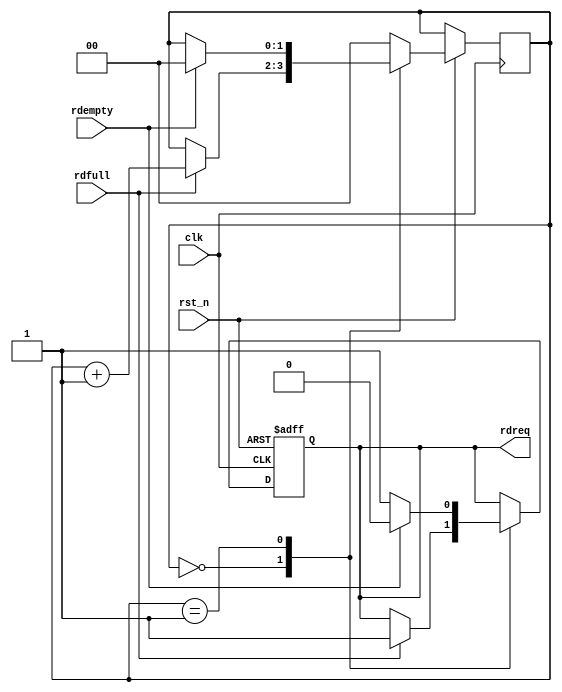
//****************************************Copyright (c)***********************************//
//www.openedv.com
//http://openedv.taobao.com
//""FPGA & STM32
//
//Copyright(C)  2018-2028
//All rights reserved
//----------------------------------------------------------------------------------------
// File name:           fifo_rd
// Last modified Date:  2018/07/06 13:39:20
// Last Version:        V1.0
// Descriptions:        FIFO
//----------------------------------------------------------------------------------------
// Created by:          
// Created date:        2018/07/06 13:39:24
// Version:             V1.0
// Descriptions:        The original version
//
//----------------------------------------------------------------------------------------
//****************************************************************************************//

module fifo_rd(
    //system clock
    input                    clk    ,        // 
    input                    rst_n  ,        // 

    //user interface
    input                    rdfull ,        // 
    input                    rdempty,        // 
    output   reg             rdreq           // 
);

//reg define
reg   [1:0]                  flow_cnt ;      // 

//*****************************************************
//**                    main code
//*****************************************************

//FIFO
always @(posedge clk or negedge rst_n) begin
    if(!rst_n) begin
        rdreq <= 1'b0;
    end
    else begin
        case(flow_cnt)
            2'd0: begin
                if(rdfull) begin
                    rdreq <= 1'b1;
                    flow_cnt <= flow_cnt + 1'b1;
                end
                else
                    flow_cnt <= flow_cnt;
            end 
            2'd1: begin
                if(rdempty) begin
                    rdreq <= 1'b0;
                    flow_cnt  <= 2'd0;
                end
                else begin
                    rdreq <= 1'b1;
                end 
            end 
            default: flow_cnt <= 2'd0;
        endcase
    end
end

endmodule